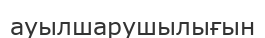
ауылшарушылығын